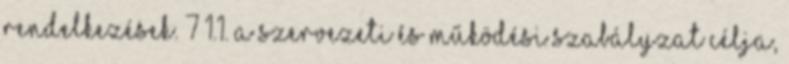
rendelkezések. 7 1.1. A szervezeti és működési szabályzat célja,